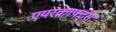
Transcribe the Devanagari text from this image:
एयरक्राफ्ट्स